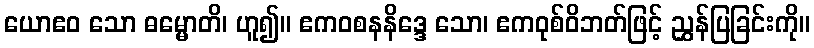
ယောဧဝ သော ဓမ္မောတိ၊ ဟူ၍။ ဧကဝစနနိဒ္ဒေ သော၊ ဧကဝုစ်ဝိဘတ်ဖြင့် ညွှန်ပြခြင်းကို။